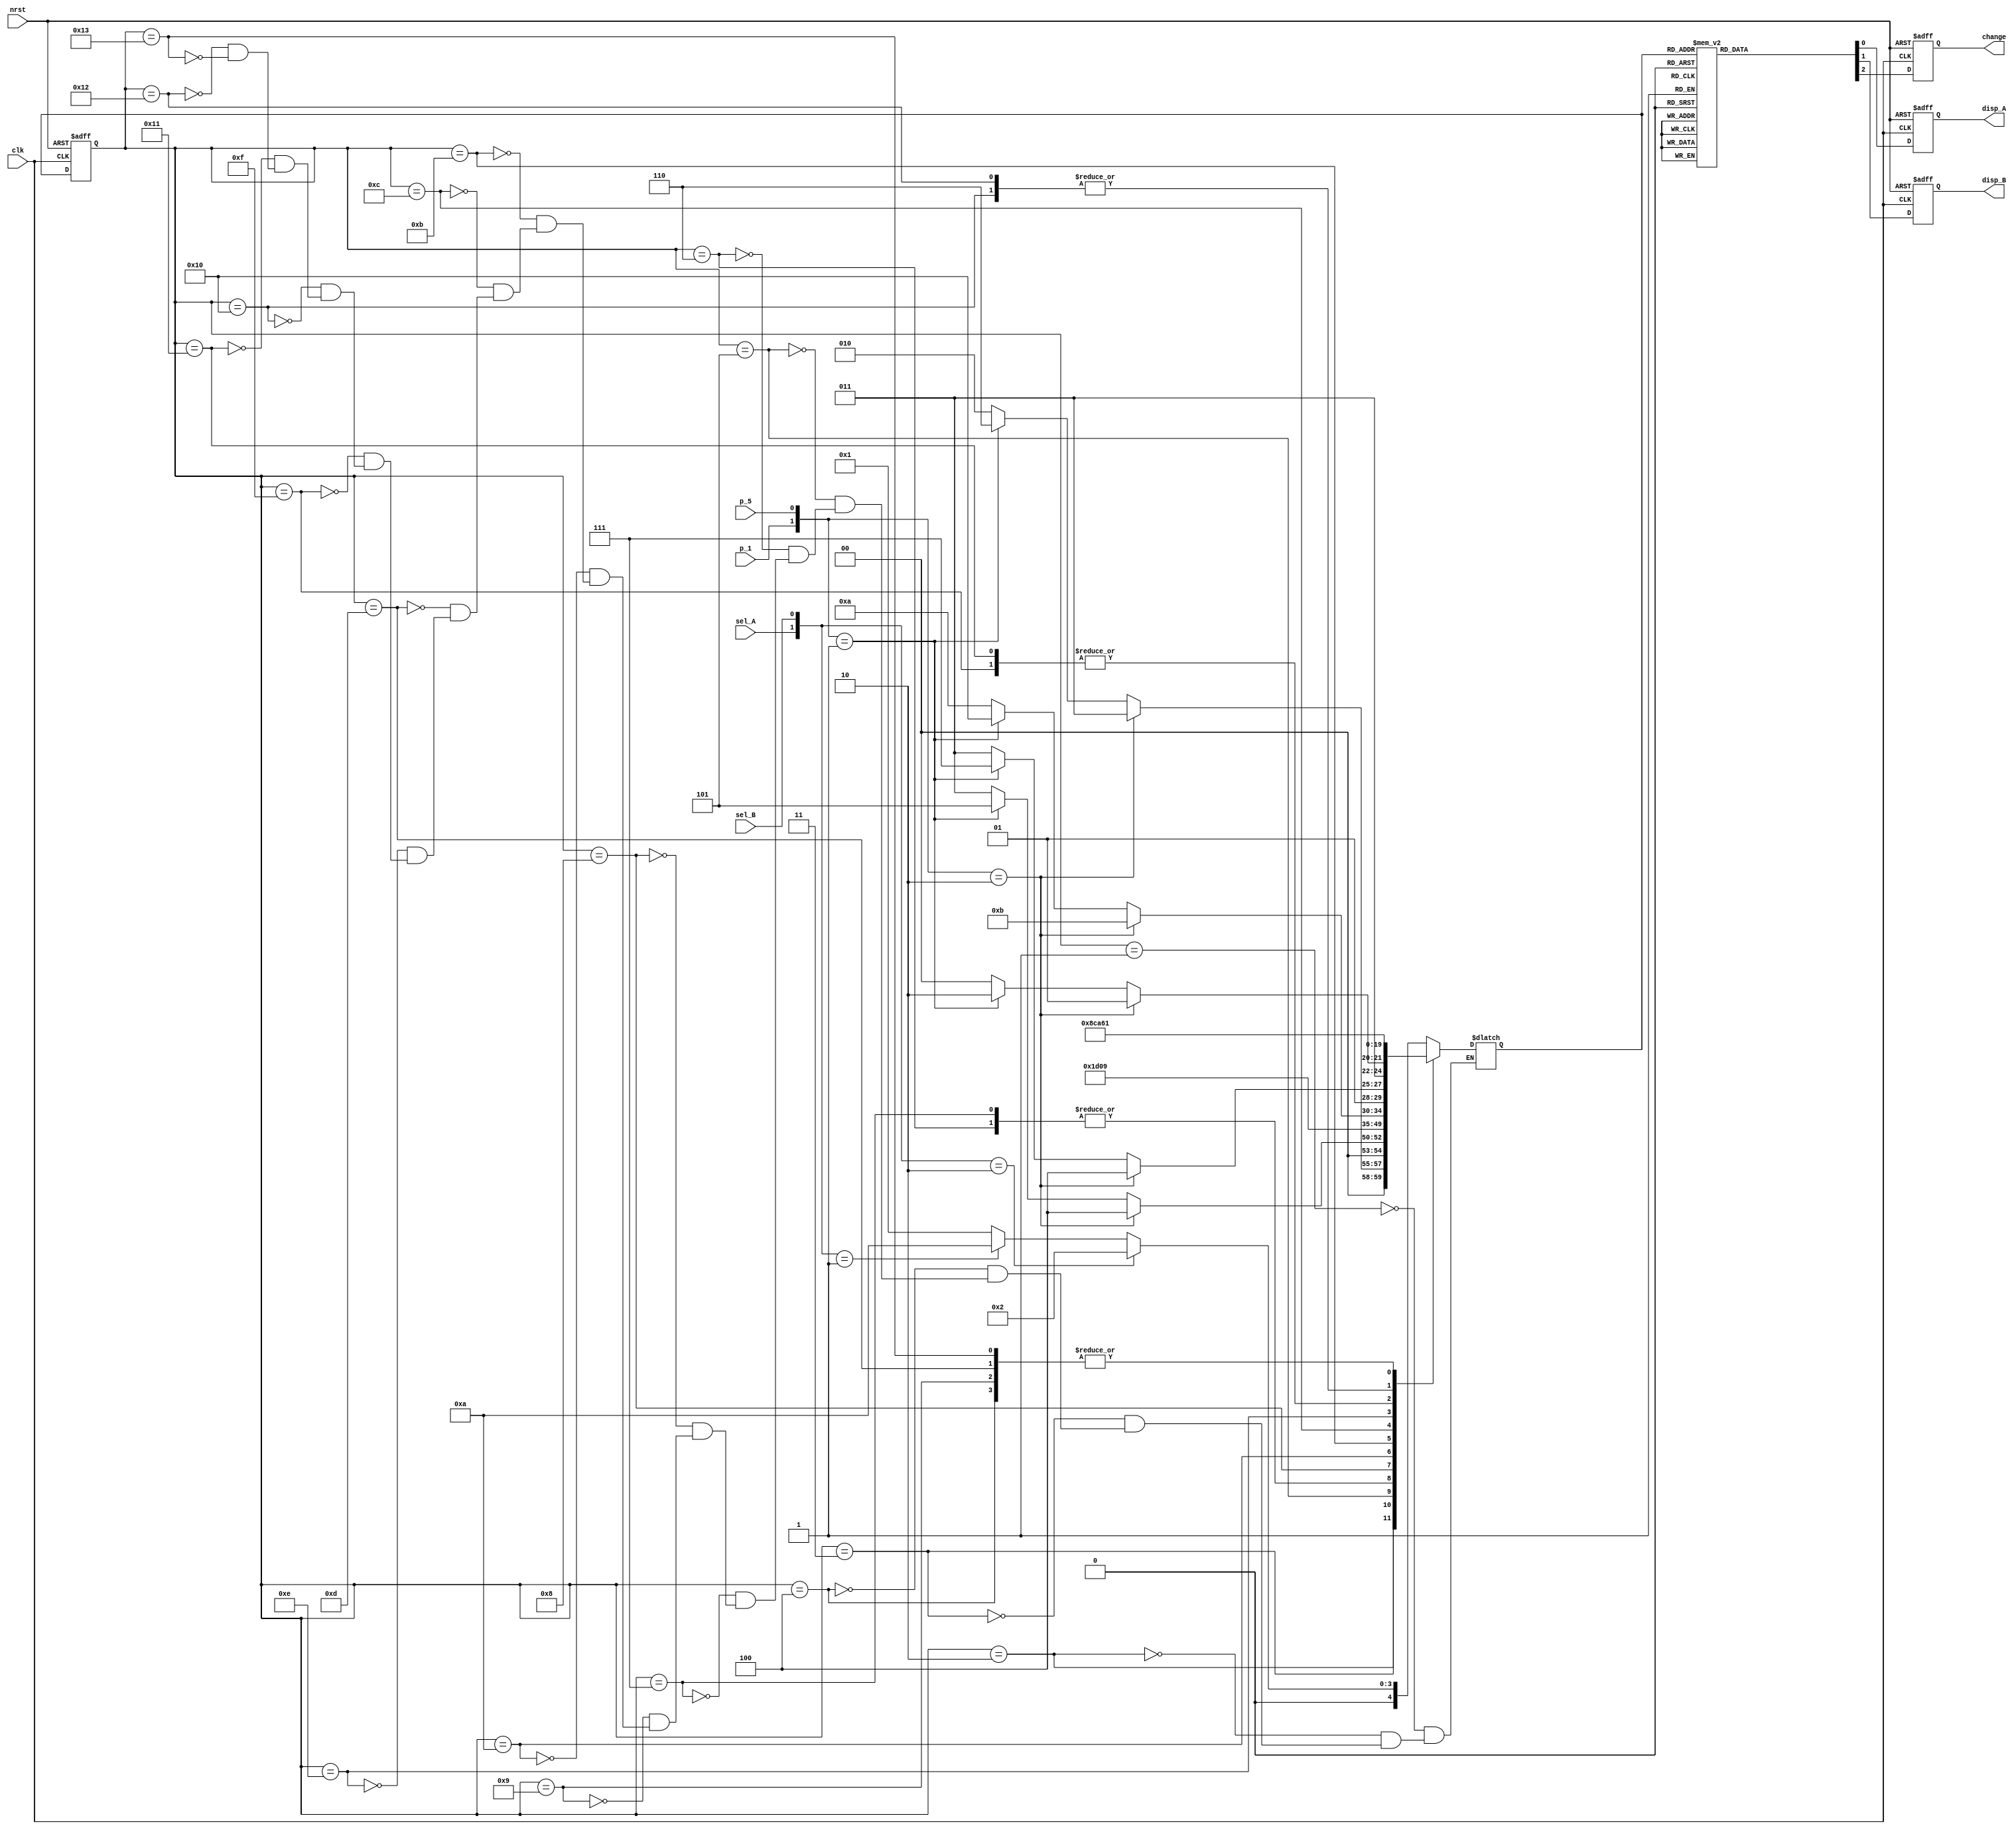
`timescale 1ns / 1ps
//////////////////////////////////////////////////////////////////////////////////
// Company: 
// Engineer: 
// 
// Design Name: 
// Module Name:    vendo 
// Project Name: 
// Target Devices: 
// Tool versions: 
// Description: 
//
// Dependencies: 
//
// Revision: 
// Revision 0.01 - File Created
// Additional Comments: 
//
//////////////////////////////////////////////////////////////////////////////////
module vendo(
    input clk,
    input nrst,
    input sel_A,
    input sel_B,
    input p_1,
    input p_5,
    output reg disp_A,
    output reg disp_B,
    output reg change
    );

	//define wires
	//wire div_clk, const_rst;
	wire [1:0] sel, coin; //sel_AselB
	reg [4:0] cstate, nstate; //5 bit state
	assign sel = {sel_A, sel_B};
	assign coin = {p_1, p_5};
		
	//define constants
	//assign const_rst = 1'b1;
	
	//instantiate blocks
	//fdiv fdivblk(clk, const_rst, div_clk);

	always@(posedge clk or negedge nrst) begin
		if (!nrst) begin
			disp_A = 1'b0;
			disp_B = 1'b0;
			change = 1'b0;
			cstate = 5'h1;
		end
		else begin
			//state transition
			cstate = nstate;
			case(cstate)
			5'h4: begin
						disp_A = 1'b1;
						disp_B = 1'b0;
						change = 1'b0;
					end
			5'h5, 5'h6:
					begin
						disp_A = 1'b1;
						disp_B = 1'b0;
						change = 1'b1;
					end
			5'h7, 5'h8, 5'h9:
					begin
						disp_A = 1'b0;
						disp_B = 1'b0;
						change = 1'b1;
					end
			5'hd: begin
						disp_A = 1'b0;
						disp_B = 1'b1;
						change = 1'b0;
					end
			5'he, 5'hf, 5'h10:
					begin
						disp_A = 1'b0;
						disp_B = 1'b1;
						change = 1'b1;
					end
			5'h11, 5'h12, 5'h13:
					begin
						disp_A = 1'b0;
						disp_B = 1'b0;
						change = 1'b1;
					end
			default: begin
							disp_A = 1'b0;
							disp_B = 1'b0;
							change = 1'b0;
						end
		endcase
		end
	end

	//next state assignment
	always@(*) begin
		case(cstate)
			5'h1: nstate = (sel == 2'b10)? 5'h2 : ( (sel == 2'b01)? 5'ha : 5'h1);
			5'h2: nstate = (coin == 2'b10)? 5'h3 : ( (coin == 2'b01)? 5'h6 : 5'h2);
			5'h3: nstate = (coin == 2'b10)? 5'h4 : ( (coin == 2'b01)? 5'h5 : 5'h3);
			5'h4: nstate = 5'h1;
			5'h5: nstate = 5'h7;
			5'h6: nstate = 5'h8;
			5'h7: nstate = 5'h8;
			5'h8: nstate = 5'h9;
			5'h9: nstate = 5'h1;
			5'ha: nstate = (coin == 2'b10)? 5'hb : ( (coin == 2'b01)? 5'h10 : 5'ha);
			5'hb: nstate = (coin == 2'b10)? 5'hc : ( (coin == 2'b01)? 5'hf : 5'hb);
			5'hc: nstate = (coin == 2'b10)? 5'hd : ( (coin == 2'b01)? 5'he : 5'hc);
			5'hd: nstate = 5'h1;
			5'he: nstate = 5'h11;
			5'hf: nstate = 5'h12;
			5'h10: nstate = 5'h13;
			5'h11: nstate = 5'h12;
			5'h12: nstate = 5'h13;
			5'h13: nstate = 5'h1;
		endcase
	end

	
endmodule